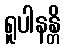
ရူပါနန္တိ